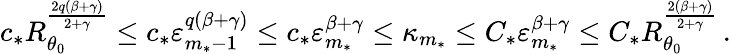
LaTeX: c_{*}R_{\theta_{0}}^{\frac{2q(\beta+\gamma)}{2+\gamma}}\leq c_{*}\varepsilon_{m_{*}-1}^{q(\beta+\gamma)}\leq c_{*}\varepsilon_{m_{*}}^{\beta+\gamma}\leq\kappa_{m_{*}}\leq C_{*}\varepsilon_{m_{*}}^{\beta+\gamma}\leq C_{*}R_{\theta_{0}}^{\frac{2(\beta+\gamma)}{2+\gamma}}\, .